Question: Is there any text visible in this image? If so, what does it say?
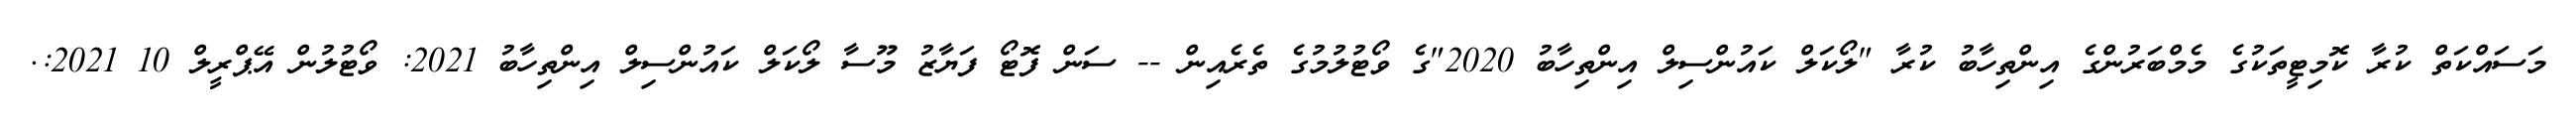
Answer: މަސައްކަތް ކުރާ ކޮމިޓީތަކުގެ މެމްބަރުންގެ އިންތިހާބު ކުރާ "ލޯކަލް ކައުންސިލް އިންތިހާބު 2020"ގެ ވޯޓުލުމުގެ ތެރެއިން -- ސަން ފޮޓޯ ފަޔާޒު މޫސާ ލޯކަލް ކައުންސިލް އިންތިހާބު 2021: ވޯޓުލުން އޭޕްރީލް 10 2021:.